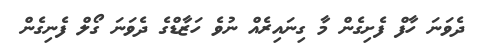
ދެވަނަ ހާފް ފެށިގެން މާ ގިނައިރެއް ނުވެ ހަޒާޑްގެ ދެވަނަ ގޯލް ފެނިގެން